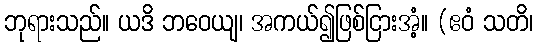
ဘုရားသည်။ ယဒိ ဘဝေယျ၊ အကယ်၍ဖြစ်ငြားအံ့။ (ဧဝံ သတိ၊